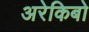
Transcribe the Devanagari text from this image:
अरेकिबो